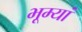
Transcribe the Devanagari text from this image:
भूम्यां